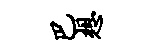
巴想